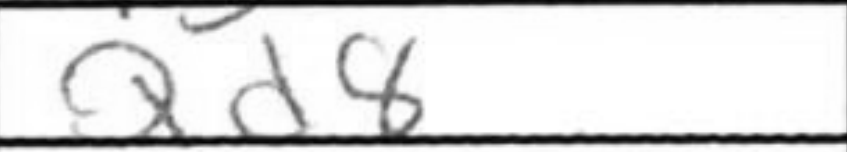
Transcription: Qd8